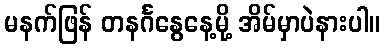
မနက်ဖြန် တနင်္ဂနွေနေ့မို့ အိမ်မှာပဲနားပါ။